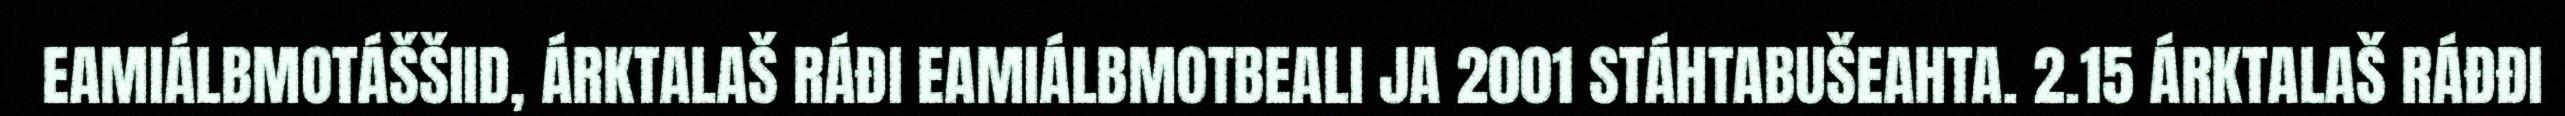
EAMIÁLBMOTÁŠŠIID, ÁRKTALAŠ RÁĐI EAMIÁLBMOTBEALI JA 2001 STÁHTABUŠEAHTA. 2.15 ÁRKTALAŠ RÁĐĐI